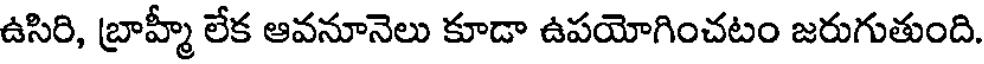
ఉసిరి, బ్రాహ్మీ లేక ఆవనూనెలు కూడా ఉపయోగించటం జరుగుతుంది.